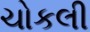
ચોકલી